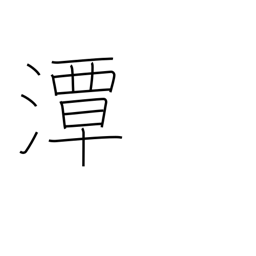
Meaning: deep water